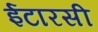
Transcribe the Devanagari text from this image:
ईटारसी